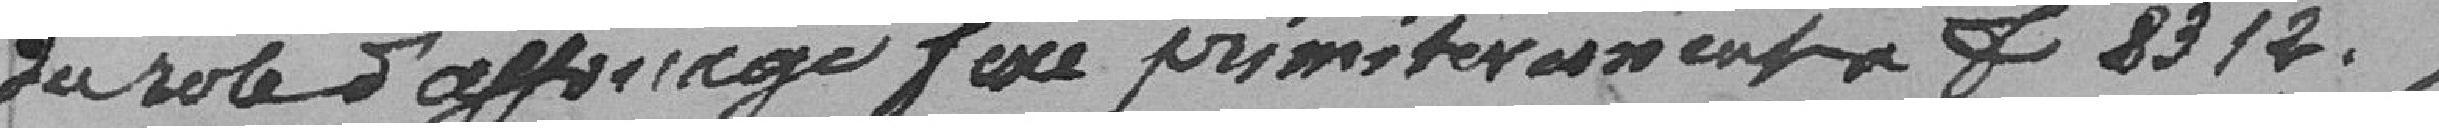
du rôle d'affourage fixé primitivement à 8312 .